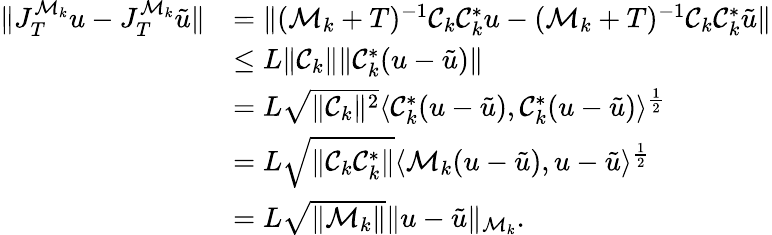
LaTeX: \begin{array}{rl}{\Vert J_{T}^{\mathcal M_{k}}u-J_{T}^{\mathcal M_{k}}\tilde{u}\Vert}&{=\Vert(\mathcal M_{k}+T)^{-1}\mathcal C_{k}\mathcal C_{k}^{*}u-(\mathcal M_{k}+T)^{-1}\mathcal C_{k}\mathcal C_{k}^{*}\tilde{u}\Vert}\\ &{\leq L\Vert\mathcal C_{k}\Vert\Vert\mathcal C_{k}^{*}(u-\tilde{u})\Vert}\\ &{=L\sqrt{\Vert\mathcal C_{k}\Vert^{2}}\langle\mathcal C_{k}^{*}(u-\tilde{u}),\mathcal C_{k}^{*}(u-\tilde{u})\rangle^{\frac{1}{2}}}\\ &{=L\sqrt{\Vert\mathcal C_{k}\mathcal C_{k}^{*}\Vert}\langle\mathcal M_{k}(u-\tilde{u}),u-\tilde{u}\rangle^{\frac{1}{2}}}\\ &{=L\sqrt{\Vert\mathcal M_{k}\Vert}\Vert u-\tilde{u}\Vert_{\mathcal M_{k}}.}\end{array}